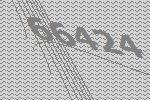
66424